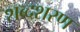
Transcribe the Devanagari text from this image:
शब्दशरण